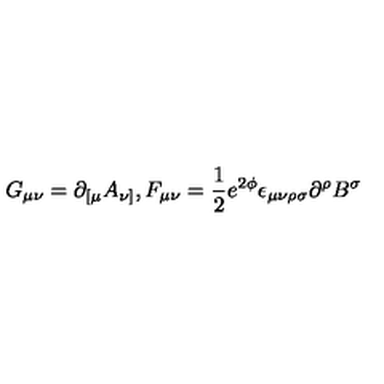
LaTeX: G _ { \mu \nu } = \partial _ { [ \mu } A _ { \nu ] } , F _ { \mu \nu } = \frac { 1 } { 2 } e ^ { 2 \phi } \epsilon _ { \mu \nu \rho \sigma } \partial ^ { \rho } B ^ { \sigma }